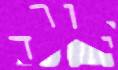
יורד